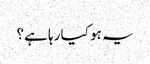
یہ ہو کیا رہا ہے؟